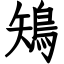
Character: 鴙